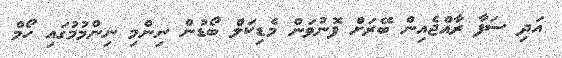
އަދި ސަފާ ރާއްޖެއިން ބޭރަށް ފޮނުވަން މެޑިކަލް ބޯޑުން ނިންމި ނިންމުމުގައި ހޯމް